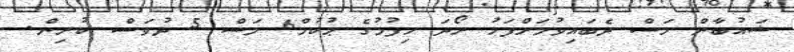
ޝައުބާން މަސް ދެބައިވުމަށްފަހު ރޯދަ ހިފުމުގެ ޙުކުމް6 މަސް 5 ދުވަސް ކުރިން.